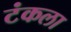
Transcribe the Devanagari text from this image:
टंकला